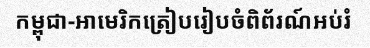
កម្ពុជា-អាមេរិកត្រៀបរៀបចំពិព័រណ៍អប់រំ